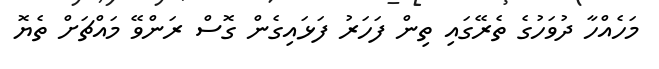
މަހެއްހާ ދުވަހުގެ ތެރޭގައި ތިން ފަހަރު ފަޅައިގެން ގޮޮސް ރަންވޭ މައްޗަށް ތެޔޮ